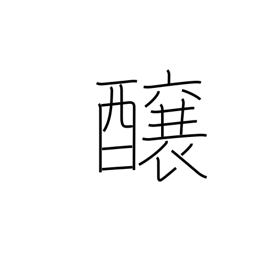
Meaning: brew